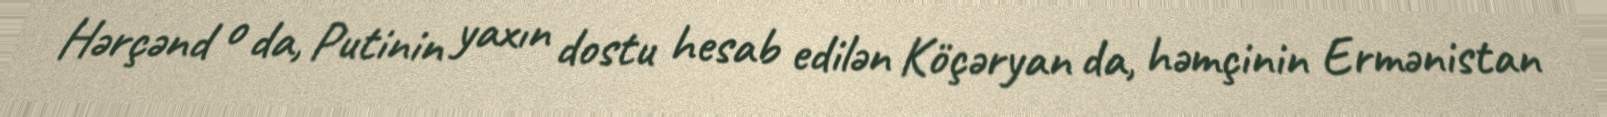
Hərçənd o da, Putinin yaxın dostu hesab edilən Köçəryan da, həmçinin Ermənistan